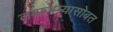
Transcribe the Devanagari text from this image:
लवाजम्यासोबत